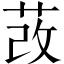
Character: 𦰦